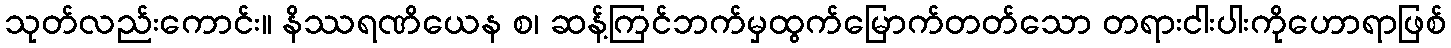
သုတ်လည်းကောင်း။ နိဿရဏိယေန စ၊ ဆန့်ကြင်ဘက်မှထွက်မြောက်တတ်သော တရားငါးပါးကိုဟောရာဖြစ်